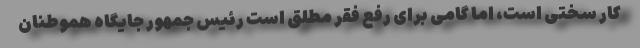
کار سختی است، اما گامی برای رفع فقر مطلق است رئیس جمهور جایگاه هموطنان